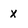
Character: x